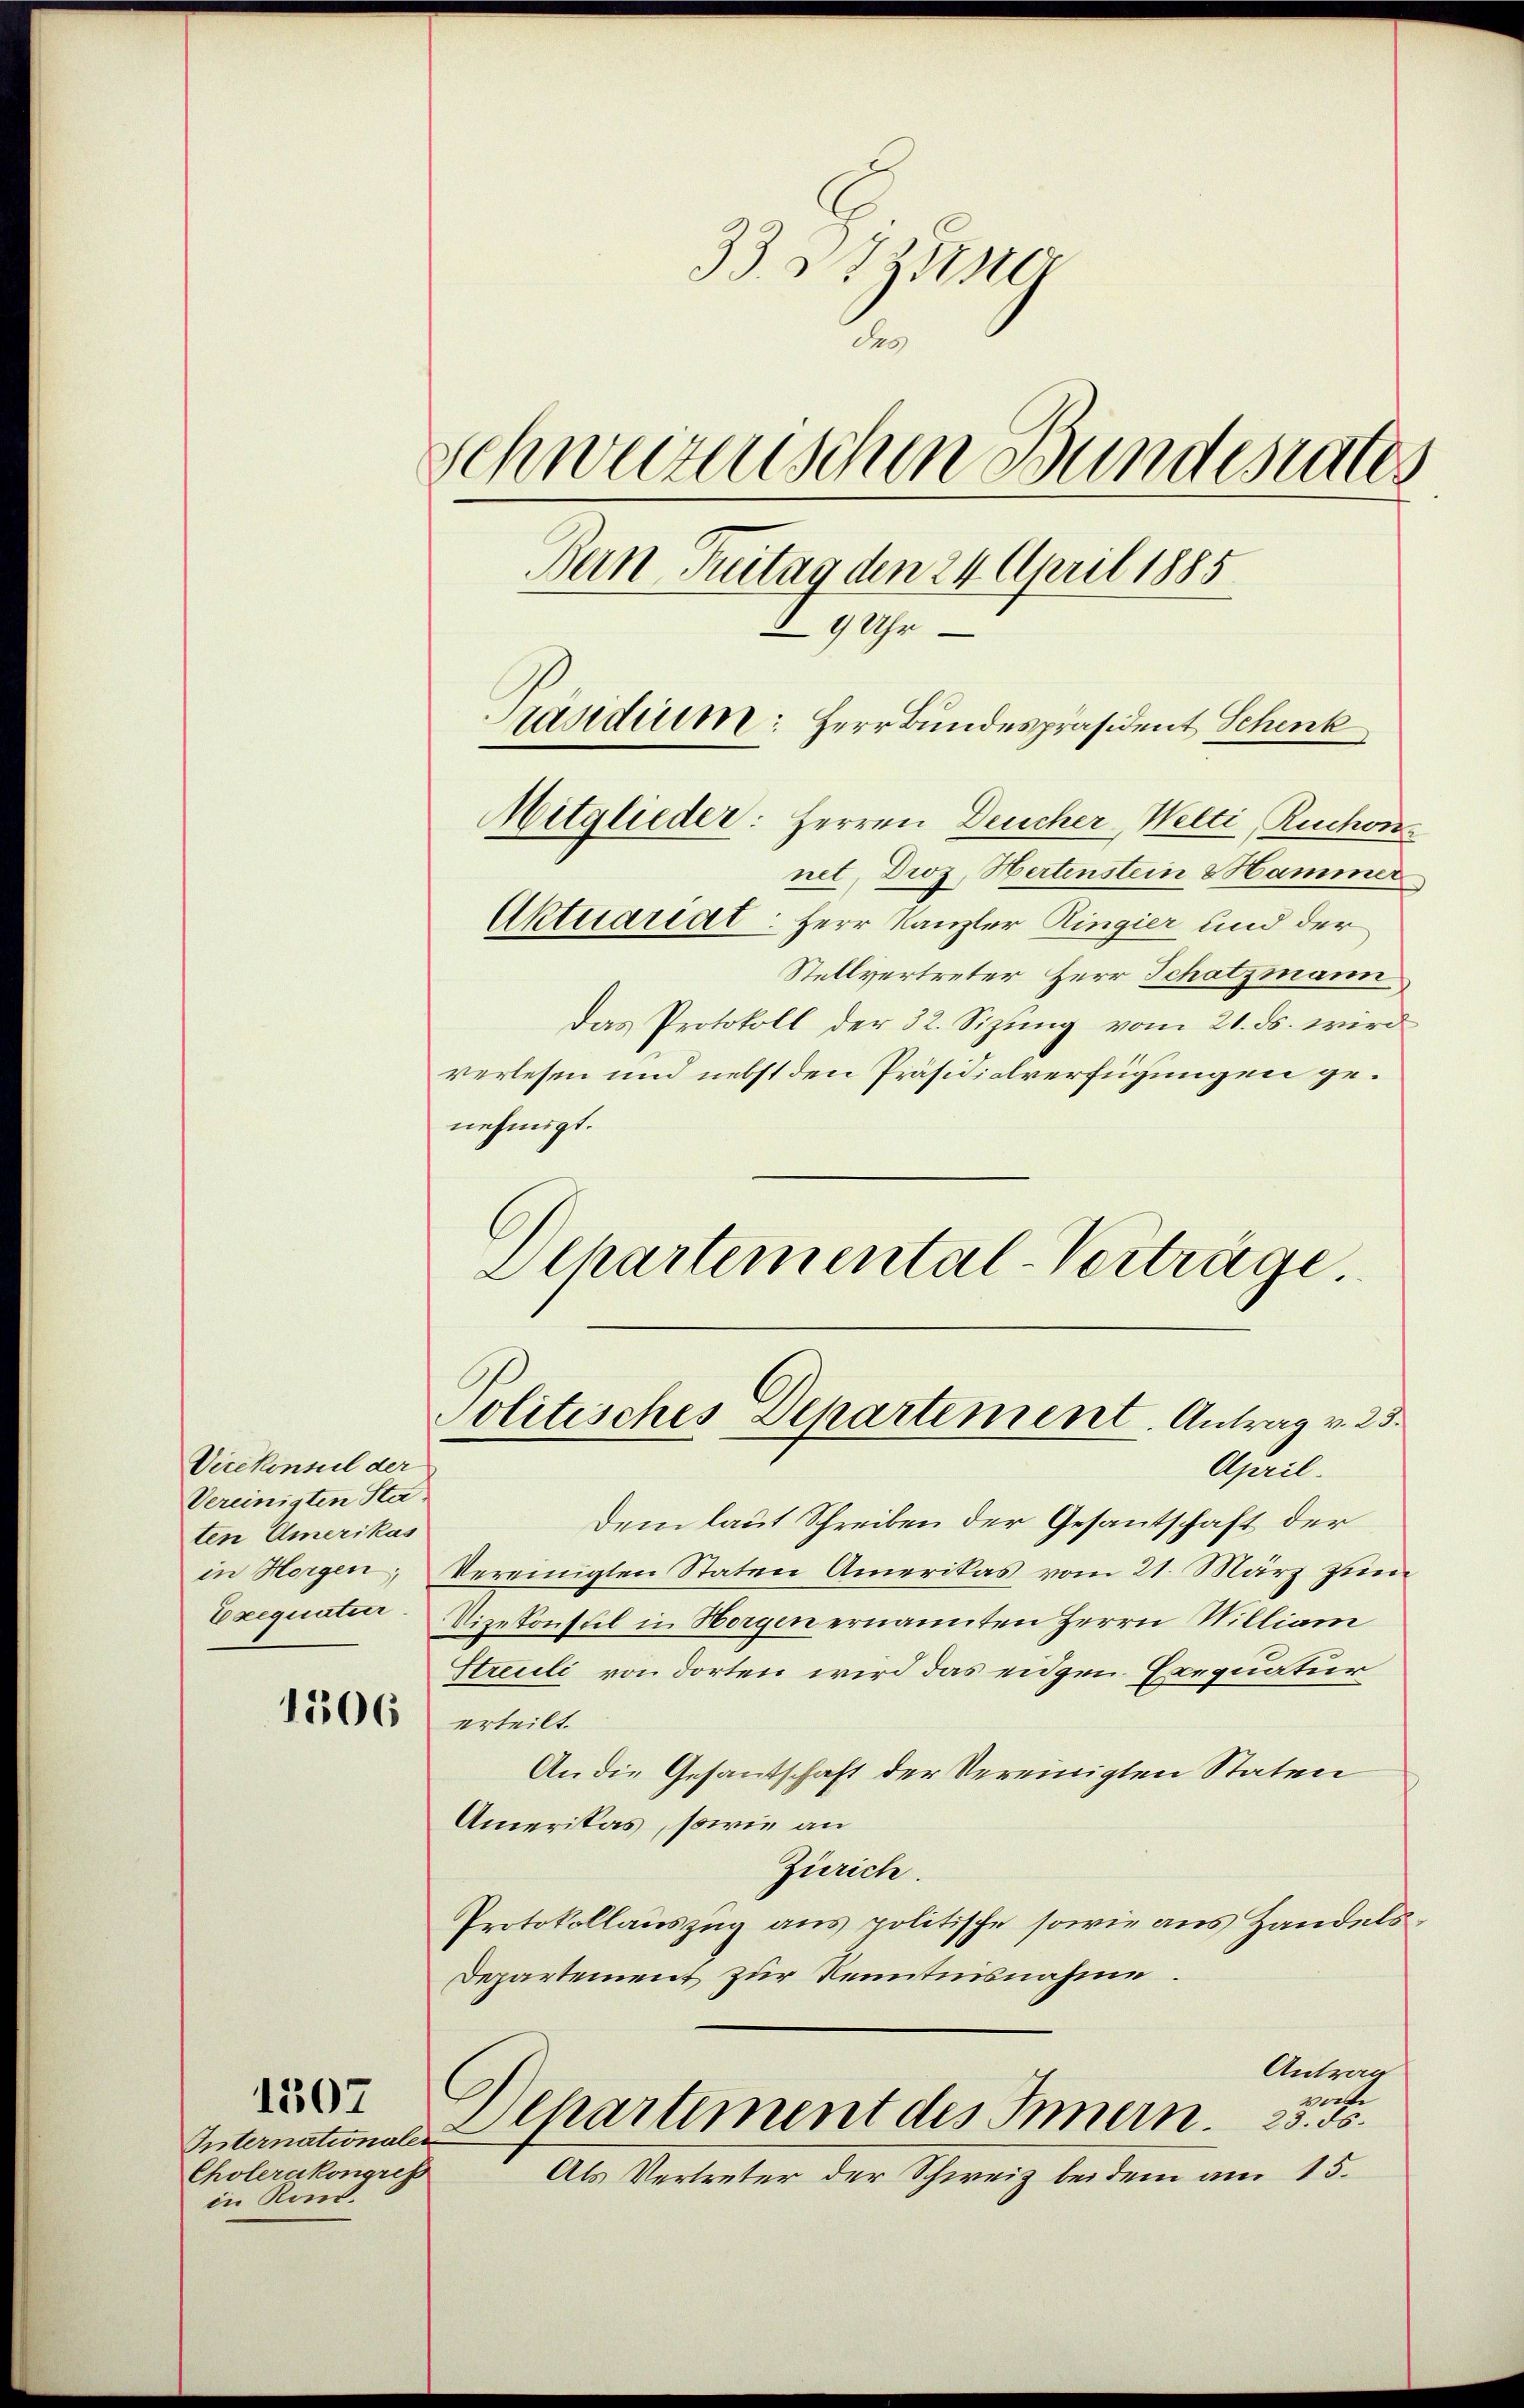
Vicekonseil der
Vereinigten Staten Amerikas
in Horgen;
Exequatur.

1306

Internationalen
Cholerakongress
in Kond.

1507

33. 377 un
de
Schweizerischen Bundesrates
Bern Freitag den 24. April 1885
9 Uhr
Präsidium: Herr Bundespräsident Schenk
Mitglieder: Herren Deucher, Welti, Ruchon
net, Droz, Hertenstein & Hammer
Aktuariat: Herr Kanzler Ringier und der

Stellvertreter Herr Schatzmann
Das Protokoll der 32. Sizung vom 21. ds. wird
verlesen und nebst den Präsidialverfügungen genehmigt.
Schartemental-Verträge

Politisches Departement. Antrag v. 23.
April

Dem laut Schreiben der Gesantschaft der
Vereinigten Staten Amerikas vom 21. März zum
Vizekonsul in Horgen ernannten Herrn Milliam
Streuli von dorten wird das eidgen Exequatur
erteilt.
An die Gesandschaft der Vereinigten Staten
Amerikas, sowie an
Zürich.
Protokollauszug aus politische sowie aus Handels¬
Departement zur Kenntnisnahme.
Antrag
volle
Departement des Innern. 23. ds.
Als Vertreter der Schweiz beidem am 15.